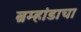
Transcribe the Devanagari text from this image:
ब्रम्हांडाचा